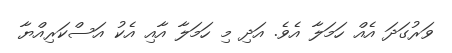
ވަރުގަދަ އެއް ހަމަލާ އެވެ. އަދި މި ހަމަލާ އާއި އެކު އަސްކަރިއްޔާ